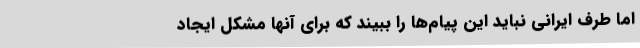
اما طرف ایرانی نباید این پیام‌ها را ببیند که برای آنها مشکل ایجاد